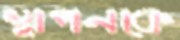
স্থাপনকে